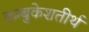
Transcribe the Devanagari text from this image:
कम्बुकेशतीर्थ